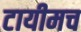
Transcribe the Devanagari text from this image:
टायीमच